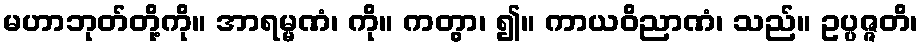
မဟာဘုတ်တို့ကို။ အာရမ္မဏံ၊ ကို။ ကတွာ၊ ၍။ ကာယဝိညာဏံ၊ သည်။ ဥပ္ပဇ္ဇတိ၊